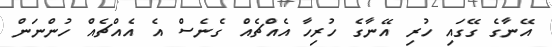
އޭނާގެ ގޭގައި ހުރި އޭނާގެ ހުރިހާ އެއްޗެއް ގެނެސް އެ އެއްޗެއް ހުންނަން